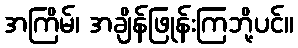
အကြိမ်၊ အချိန်ဖြုန်းကြဘို့ပင်။